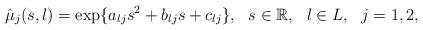
LaTeX: \begin{align*}\hat\mu_j(s, l)=\exp\{a_{lj}s^2+b_{lj}s+c_{lj}\}, \ \ s\in \mathbb{R}, \ \ l\in L, \ \ j=1, 2,\end{align*}